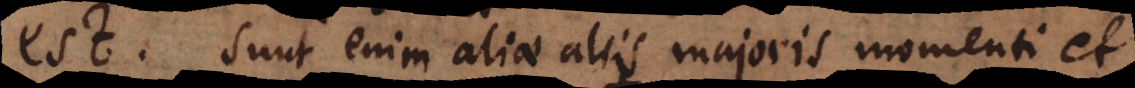
est. Sunt enim aliae aliis majoris momenti et